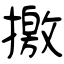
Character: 撽